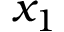
x _ { 1 }